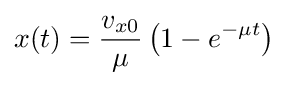
x(t)={\frac {v_{x0}}{\mu }}\left(1-e^{-\mu t}\right)